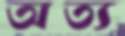
অত্য